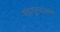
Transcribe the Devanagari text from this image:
सदगुरुरायानें